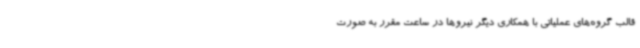
قالب گروه‌های عملیاتی با همکاری دیگر نیروها در ساعت مقرر به صورت